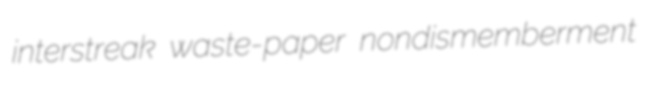
interstreak waste-paper nondismemberment